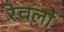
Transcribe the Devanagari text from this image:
रेचर्ला